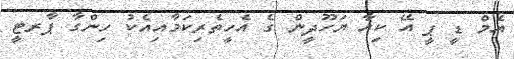
އެމް ޑީ ޕީ އޭ ކިއާ ޔަހޫދީން ގެ އެހީތެރިކަމާއިއެކު ހިންގާ ޕާރޓީ